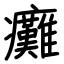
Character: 癱